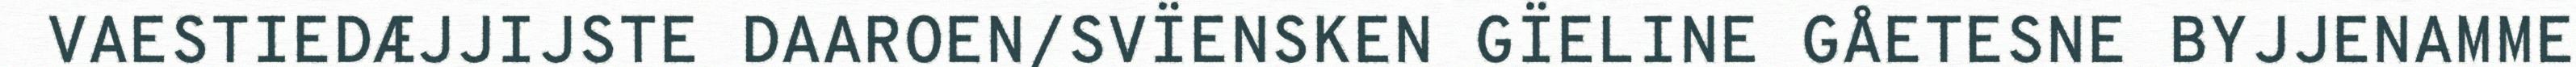
VAESTIEDÆJJIJSTE DAAROEN/SVÏENSKEN GÏELINE GÅETESNE BYJJENAMME